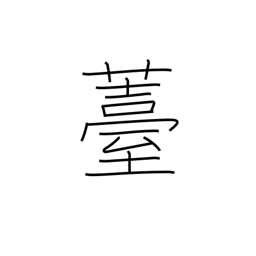
Meaning: seed pod